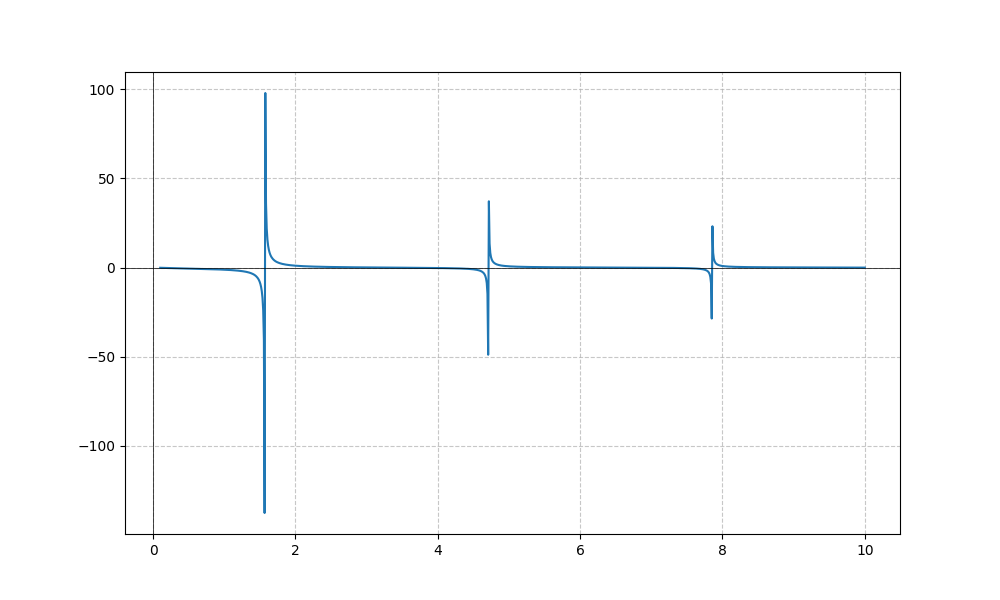
LaTeX formula: - \tan{\left(x \right)} \operatorname{acot}{\left(x \right)}